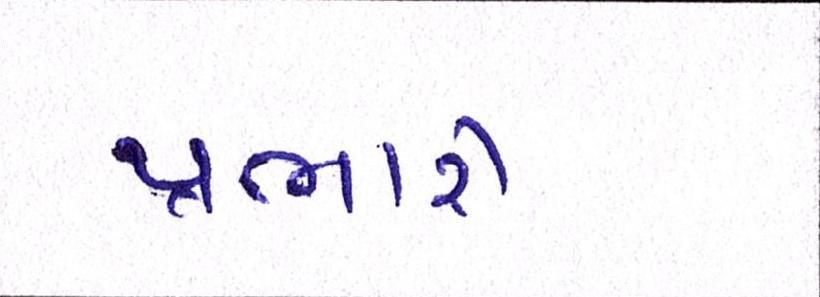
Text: પ્રભારી